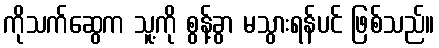
ကိုသက်ဆွေက သူ့ကို စွန့်ခွာ မသွားရန်ပင် ဖြစ်သည်။